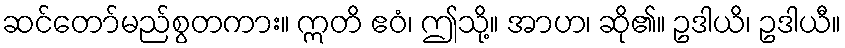
ဆင်တော်မည်စွတကား။ ဣတိ ဧဝံ၊ ဤသို့။ အာဟ၊ ဆို၏။ ဥဒါယိ၊ ဥဒါယီ။